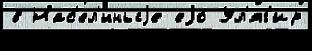
в Нас'ел'́нныjе еjо́ Ул'яг'ир